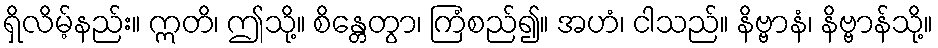
ရှိလိမ့်နည်း။ ဣတိ၊ ဤသို့။ စိန္တေတွာ၊ ကြံစည်၍။ အဟံ၊ ငါသည်။ နိဗ္ဗာနံ၊ နိဗ္ဗာန်သို့။